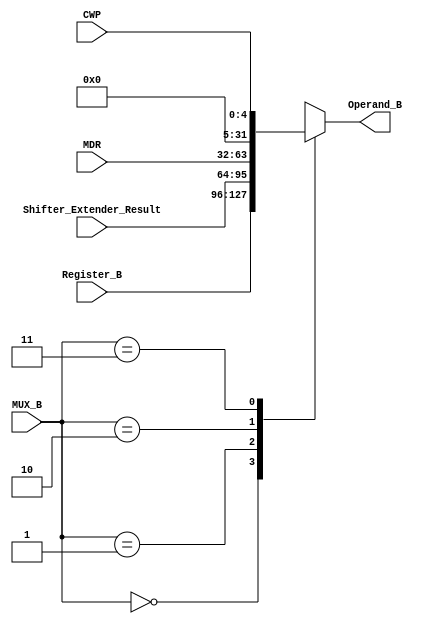
module Multiplexer_B (
				output reg [31:0] Operand_B,
				input [31:0] Register_B,
				input [31:0] Shifter_Extender_Result,
				input [31:0] MDR,
				input [4:0] CWP,
				input [1:0] MUX_B
				);
	always @*
		begin
		case (MUX_B)
			2'b00:
				begin
				Operand_B = Register_B;
				end
			2'b01:
				begin
				Operand_B = Shifter_Extender_Result;
				end
			2'b10:
				begin
				Operand_B = MDR;
				end
			2'b11:
				begin
				Operand_B = {{27{1'b0}}, CWP};
				end
		endcase
		end
endmodule